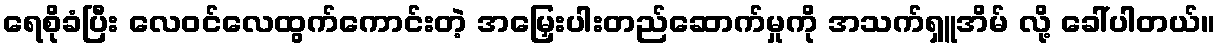
ရေစိုခံပြီး လေဝင်လေထွက်ကောင်းတဲ့ အမြှေးပါးတည်ဆောက်မှုကို အသက်ရှူအိမ် လို့ ခေါ်ပါတယ်။